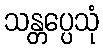
သန္တပ္ပေသုံ